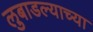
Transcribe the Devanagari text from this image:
लुबाडल्याच्या